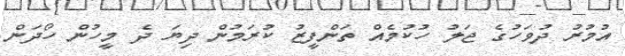
އުމުރު ދުވަހުގެ ޖަލު ހުކުމެއް ތަންފީޒު ކުރަމުން ދިޔަ ދެ މީހުން ހޯދަން